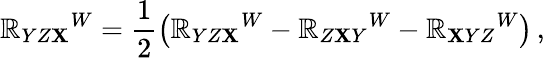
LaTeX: \mathbb{R}_{YZ\mathbf{X}}{}^{W}=\frac{1}{2}\left(\mathbb{R}_{YZ\mathbf{X}}{}^{W}-\mathbb{R}_{Z\mathbf{X}Y}{}^{W}-\mathbb{R}_{\mathbf{X}YZ}{}^{W}\right)\, ,